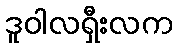
ဒူဝါလရှီးလက